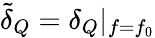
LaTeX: \tilde{\delta}_{Q}=\delta_{Q}|_{f=f_{0}}